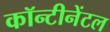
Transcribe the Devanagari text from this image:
कॉन्टीनेंटल